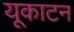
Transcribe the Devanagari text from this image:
यूकाटन